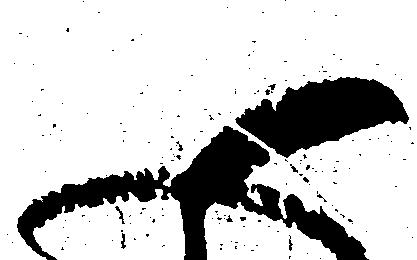
御